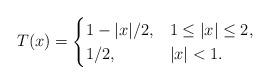
LaTeX: \begin{align*}T(x) =\begin{cases}1-|x|/2, & 1\leq |x| \leq 2,\\1/2, & |x|<1.\end{cases}\end{align*}